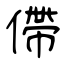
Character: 僀